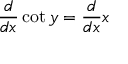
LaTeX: { \frac { d } { d x } } \cot y = { \frac { d } { d x } } x